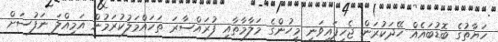
ހަޔާތުގެ ބޮޑުބައެއް ހޭދަކުރަން ޖެހިފައިވަނީ މީހުންގެ މަލާމާތާއި ފުރައްސާރަ ތަހައްމަލުކުރަމުން އަމިއްލަ ނަފުސަށް